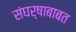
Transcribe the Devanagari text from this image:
संघर्षाबाबत